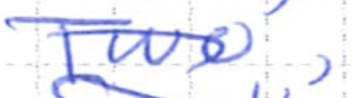
Text: Two,
Cross-out: diagonal
Writing tool: ballpoint